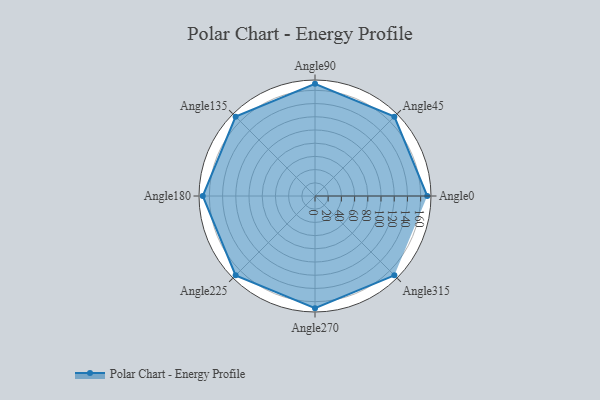
{"axis": {"x": "Angle", "y": "Radius"}, "legend": [""], "data": [{"x": "Angle0", "y": 170, "type": ""}, {"x": "Angle45", "y": 170, "type": ""}, {"x": "Angle90", "y": 170, "type": ""}, {"x": "Angle135", "y": 170, "type": ""}, {"x": "Angle180", "y": 170, "type": ""}, {"x": "Angle225", "y": 170, "type": ""}, {"x": "Angle270", "y": 170, "type": ""}, {"x": "Angle315", "y": 170, "type": ""}]}